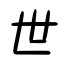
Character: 世